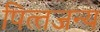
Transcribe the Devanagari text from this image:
पित्‍तजन्‍य